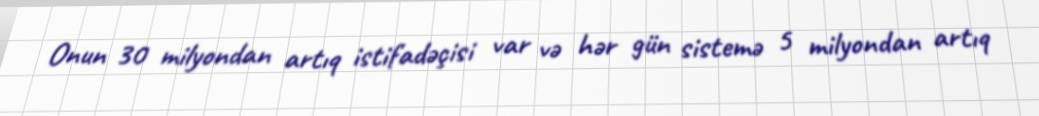
Onun 30 milyondan artıq istifadəçisi var və hər gün sistemə 5 milyondan artıq